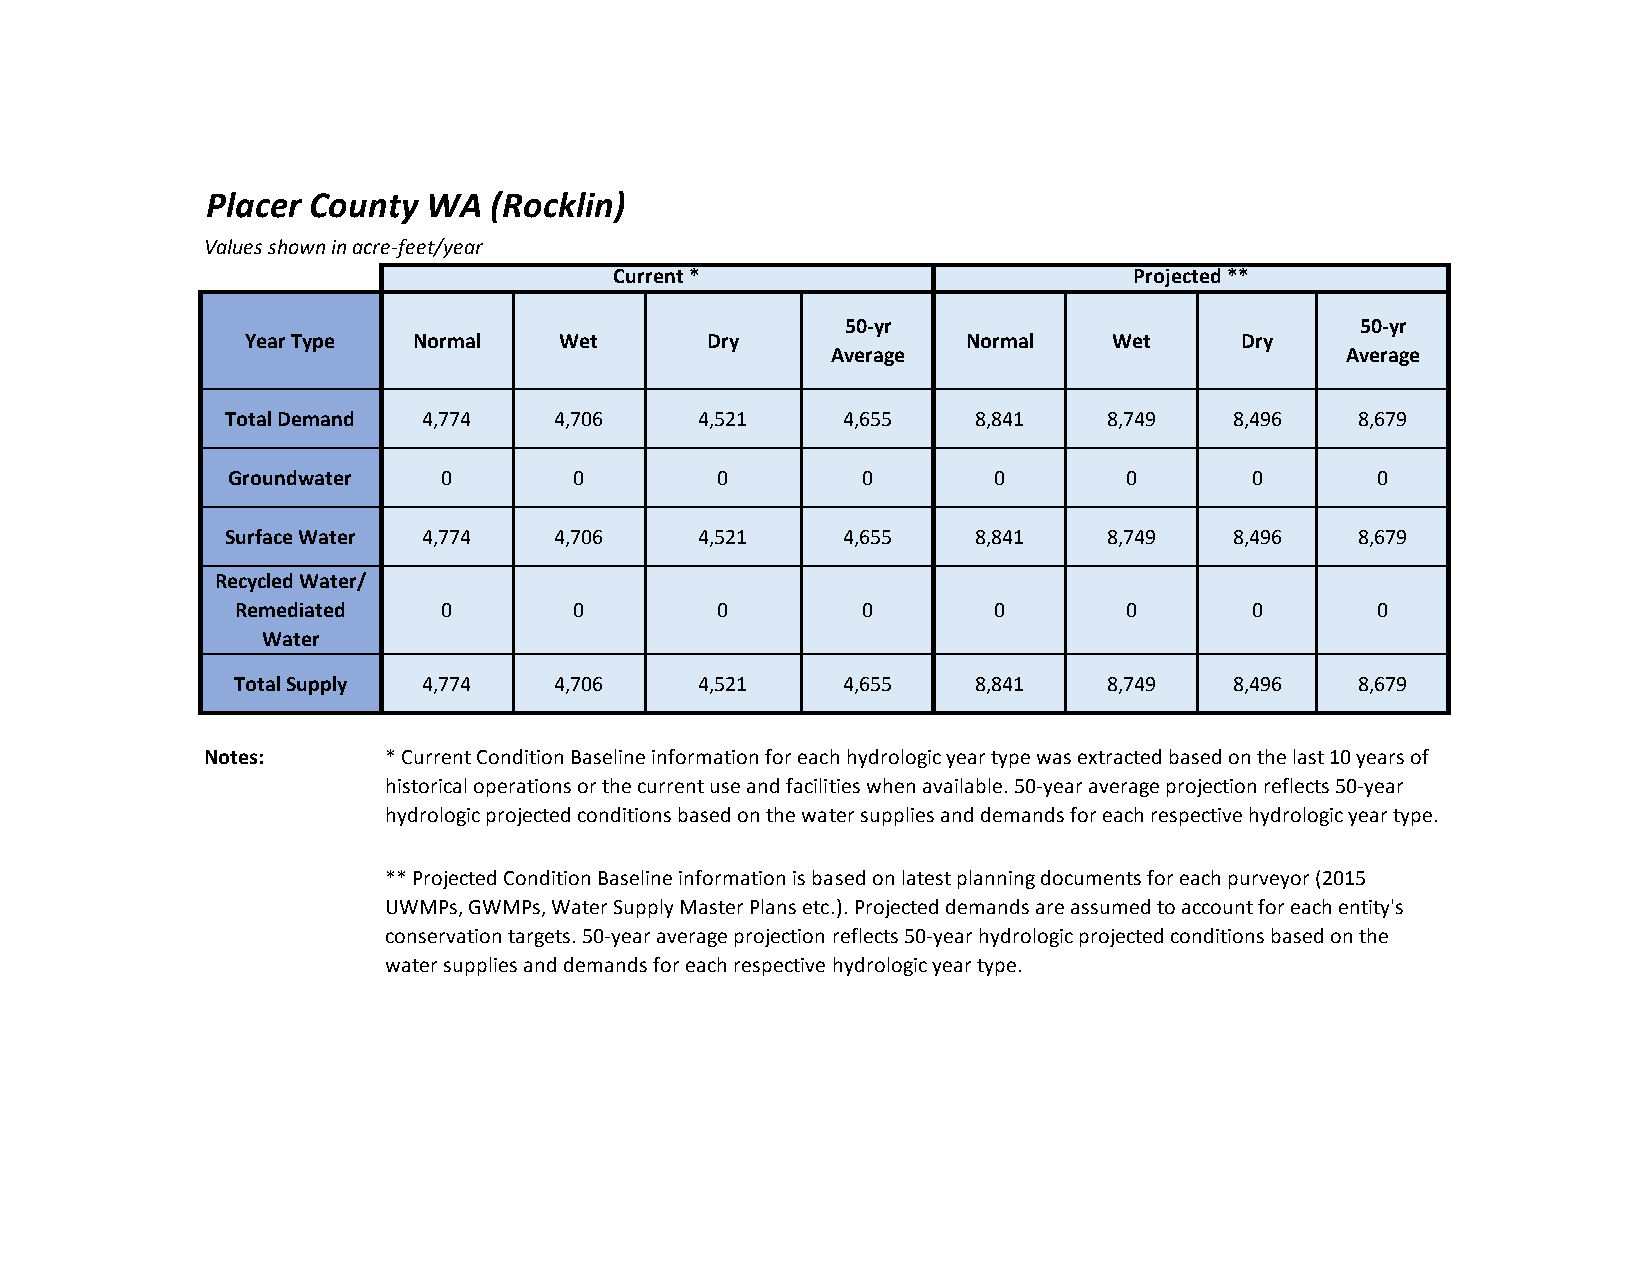
Placer County WA  (Rocklin)
 Values shown in acre-feet/year
 Current *                         Projected **
 50-yr                             50-yr
 Year Type  Normal    Wet       Dry              Normal    Wet     Dry
 Average                           Average
 Total Demand 4,774    4,706    4,521     4,655   8,841    8,749    8,496   8,679
 Groundwater   0        0        0         0        0       0        0       0
 Surface Water 4,774   4,706    4,521     4,655   8,841    8,749    8,496   8,679
 Recycled Water/
 Remediated   0        0        0         0        0       0        0       0
 Water
 Total Supply 4,774    4,706    4,521     4,655   8,841    8,749    8,496   8,679
 Notes:     * Current Condition Baseline information for each hydrologic year type was extracted based on the last 10 years of
 historical operations or the current use and facilities when available. 50-year average projection reflects 50-year
 hydrologic projected conditions based on the water supplies and demands for each respective hydrologic year type.
 ** Projected Condition Baseline information is based on latest planning documents for each purveyor (2015
 UWMPs, GWMPs, Water Supply Master Plans etc.). Projected demands are assumed to account for each entity's
 conservation targets. 50-year average projection reflects 50-year hydrologic projected conditions based on the
 water supplies and demands for each respective hydrologic year type.